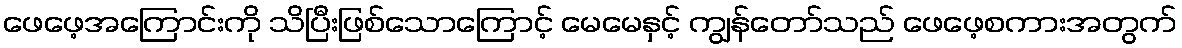
ဖေဖေ့အကြောင်းကို သိပြီးဖြစ်သောကြောင့် မေမေနှင့် ကျွန်တော်သည် ဖေဖေ့စကားအတွက်